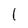
Character: 1